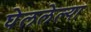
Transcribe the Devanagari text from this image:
घेललेल्या